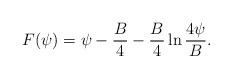
LaTeX: \begin{align*}F(\psi)= \psi -{B \over 4} - {B \over 4} \ln {4\psi \over B} .\end{align*}